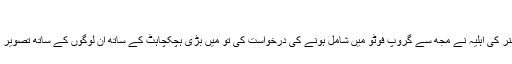
‘
’جب ایک ہائی کمشنر کی اہلیہ نے مجھ سے گروپ فوٹو میں شامل ہونے کی درخواست کی تو میں بڑی ہچکچاہٹ کے ساتھ ان لوگوں کے ساتھ تصویر کے لیے تیار ہوئی۔